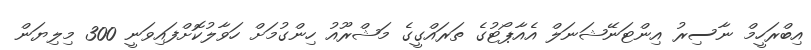
އިބްރަހީމް ނާސިރު އިންޓަނޭޝަނަލް އެއާޕޯޓުގެ ތަރައްގީގެ މަޝްރޫއު ހިންގުމަށް ހަވާލުކޮށްފައިވަނީ 300 މިލިޔަން